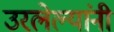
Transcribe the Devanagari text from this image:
उरलेल्यांनी